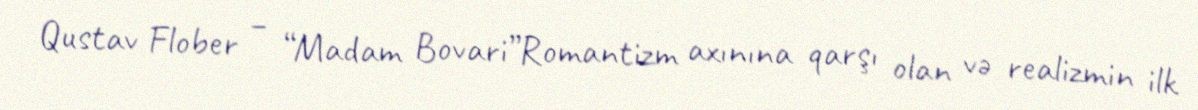
Qustav Flober – “Madam Bovari”Romantizm axınına qarşı olan və realizmin ilk